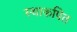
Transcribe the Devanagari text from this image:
स्थाकपित